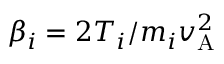
\beta _ { i } = 2 T _ { i } / m _ { i } v _ { \mathrm { A } } ^ { 2 }